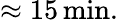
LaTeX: \approx 15\, \mathrm{min.}